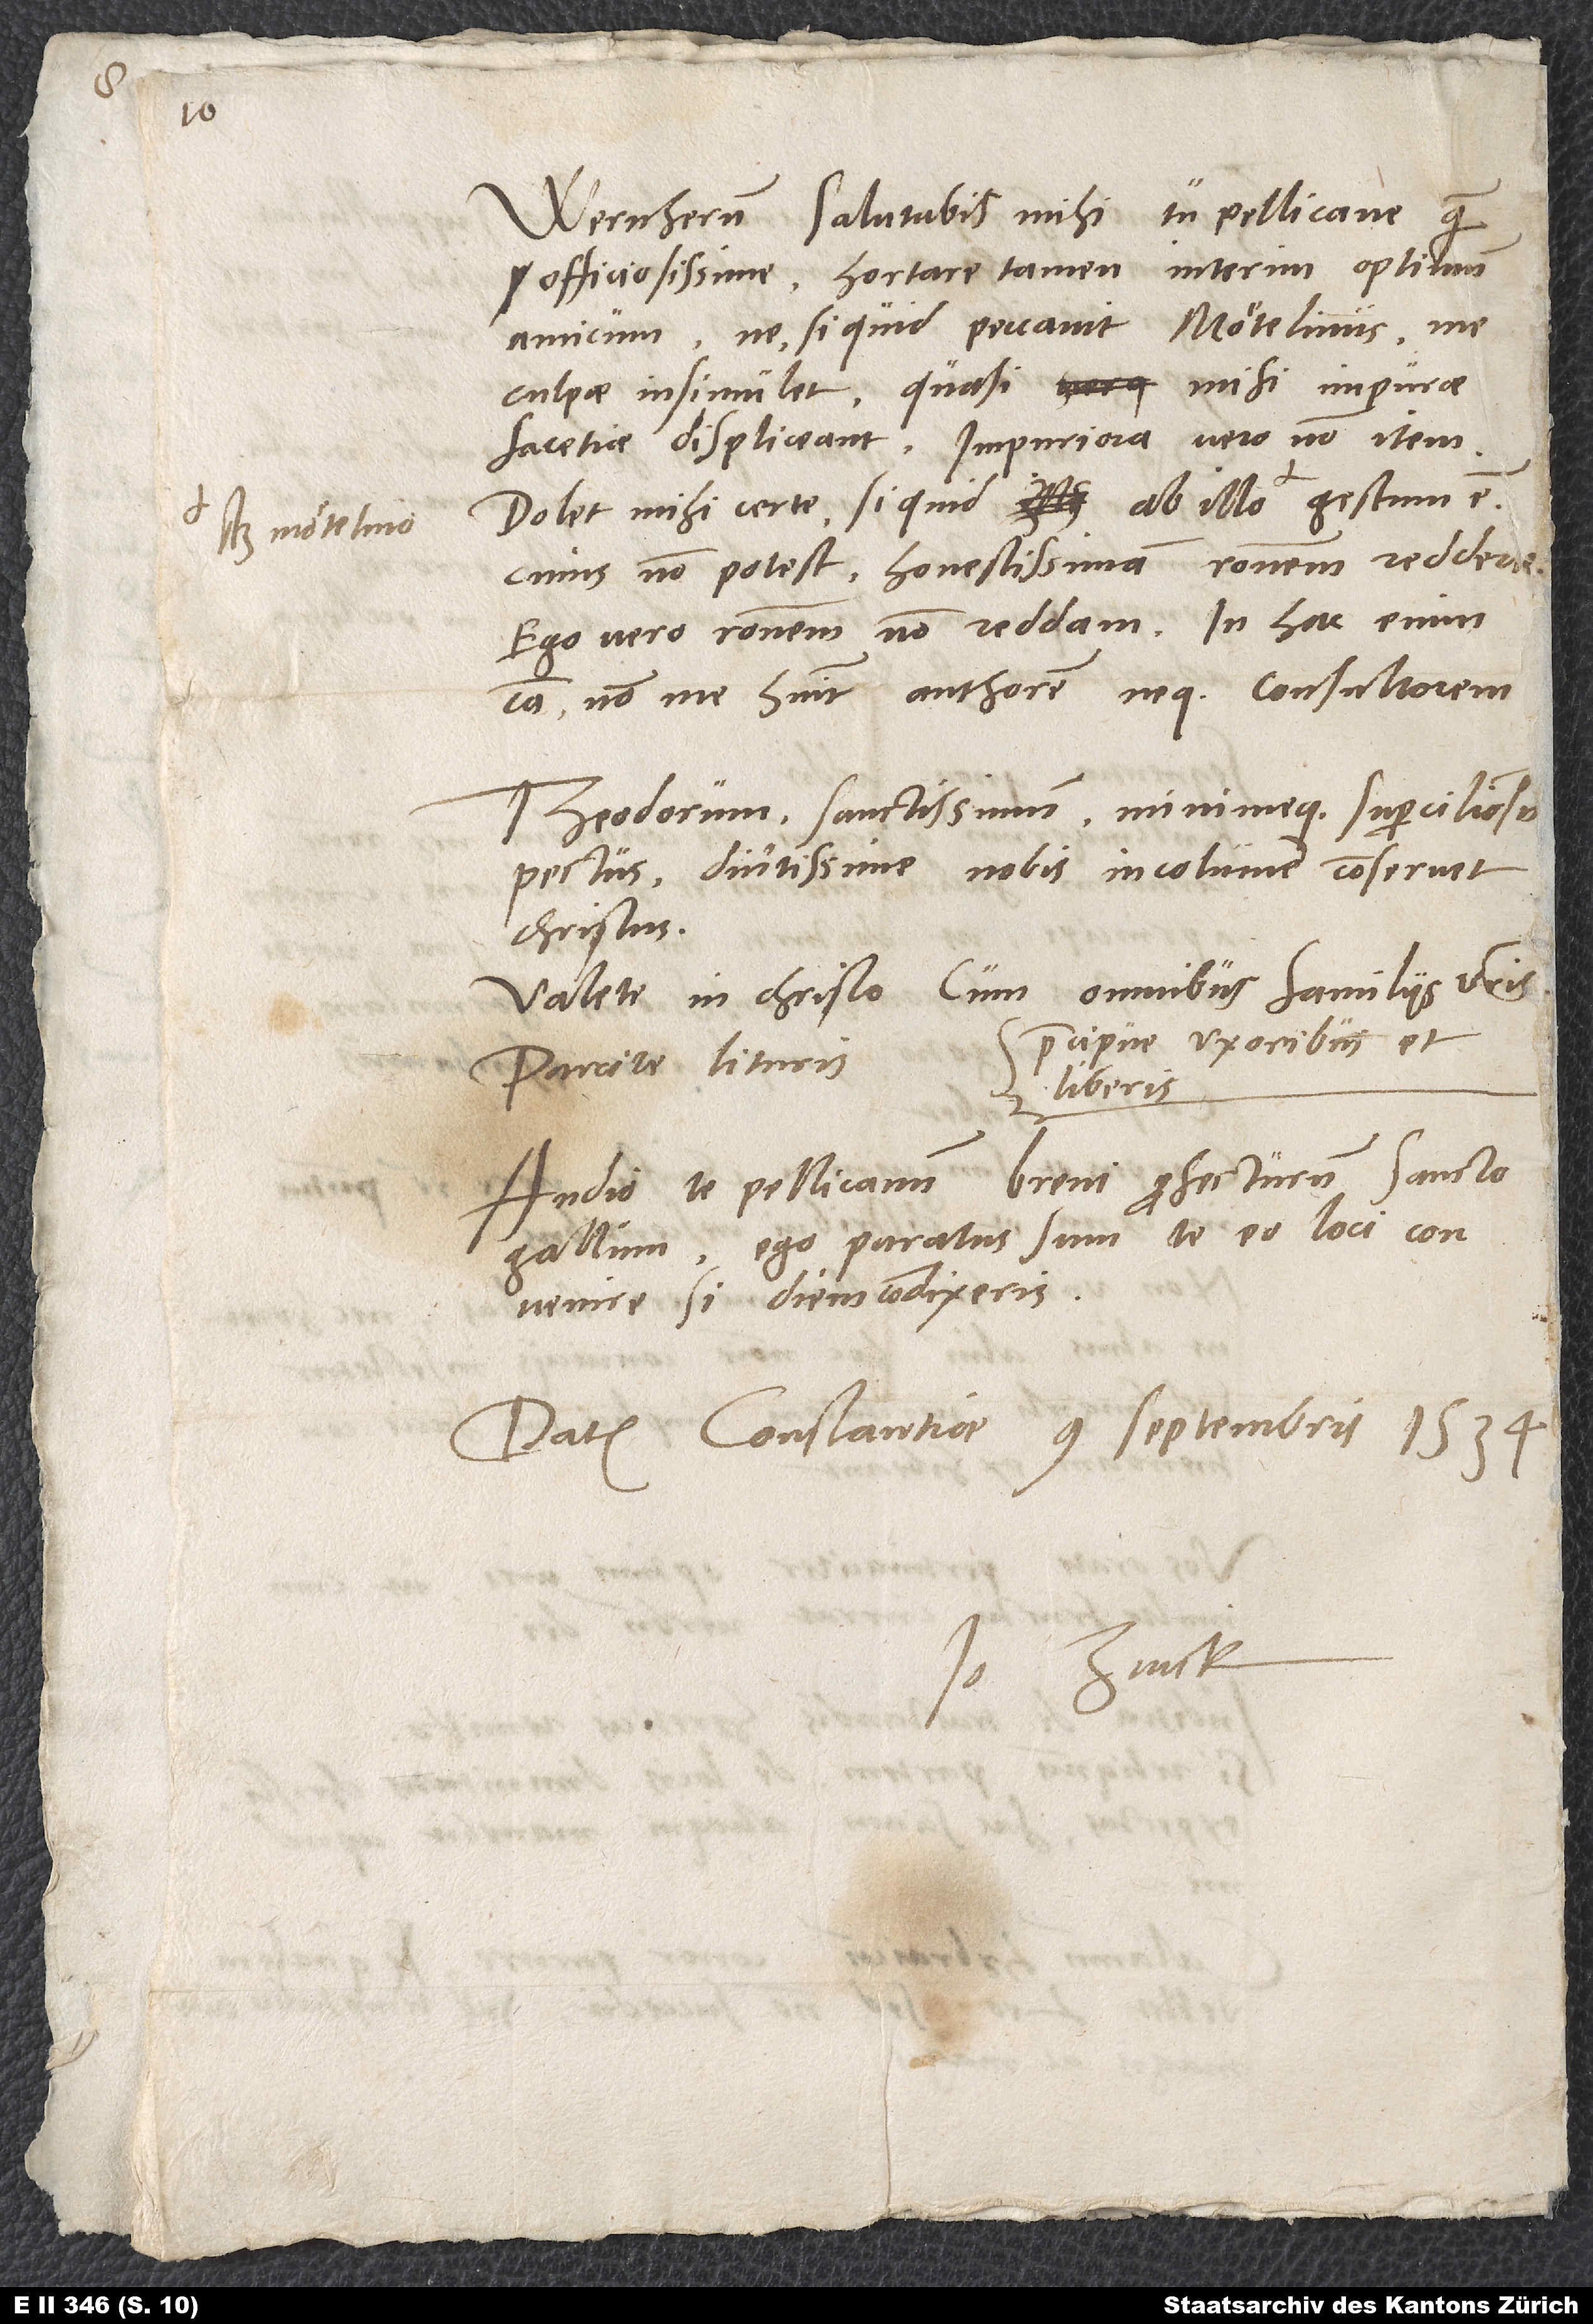
Mötelino,

Wernherum salutabis mihi, tu Pellicane, quam
officiosissime. Hortare tamen interim optimum
amicum, ne si quid peccavit Mötelinus me,
culpae insimulet, quasi mihi impurae
facetiae displiceant, impuriora vero non item.
Dolet mihi certe, si quid ab illo, scilicet
cuius non potest honestissimam rationem reddere.
Ego vero rationem non reddam. In hac enim
non me habuit authorem neque consultorem.
Theodorum, sanctissimum minimeque superciliosum
pectus, diutissime nobis incolumen conservet
Christus.
Valete in Christo cum omnibus familiis vestris,
praecipue uxoribus et
Parcite lituris.
liberis.
Ego paratus sum te eo loci convenire,
Datum Constantiae, 9. septembris 1534.